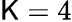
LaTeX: \mathsf{K}=4